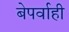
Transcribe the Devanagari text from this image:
बेपर्वाही